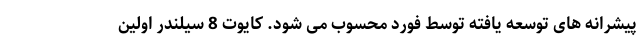
پیشرانه های توسعه یافته توسط فورد محسوب می شود. کایوت 8 سیلندر اولین